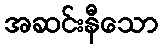
အဆင်းနီသော